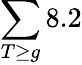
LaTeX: \sum\limits_{T\geq g}8.2